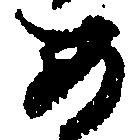
め